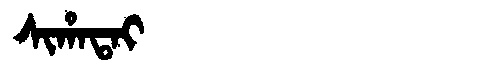
Manchu: ᠰᡳᡥᠠᡨᠠᡳ
Romanization: SIHATAI